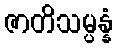
ဇာတိသမ္ပန္နံ